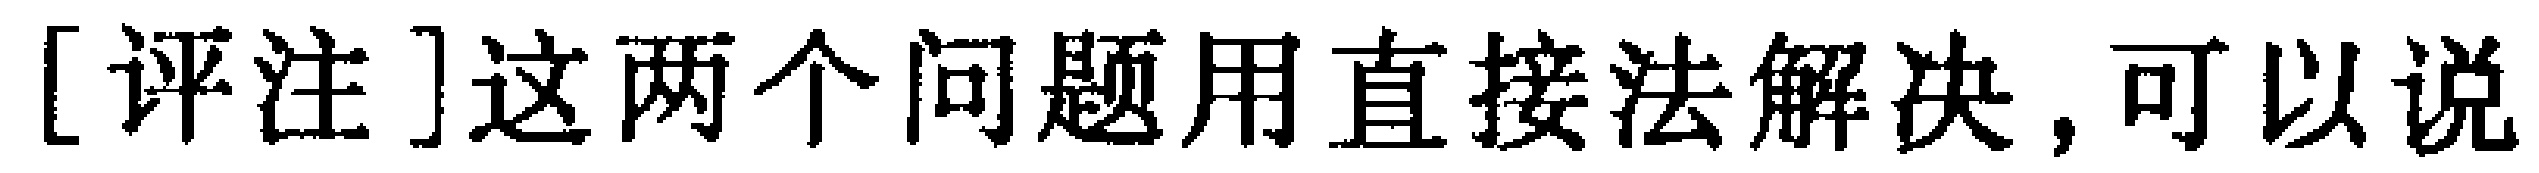
[评注]这两个问题用直接法解决,可以说